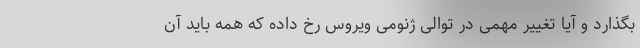
بگذارد و آیا تغییر مهمی در توالی ژنومی ویروس رخ داده که همه باید آن